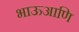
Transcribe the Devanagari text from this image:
भाऊआणि